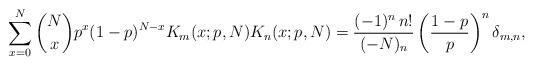
LaTeX: \begin{align*}\sum_{x=0}^N \binom N x p^x(1-p)^{N-x} K_m(x;p,N) K_n(x;p,N) =\frac{(-1)^n\,n!}{(-N)_n}\left(\frac{1-p}{p}\right)^n \delta_{m,n},\end{align*}